Lunatic asylums Madras 1892-1911 - 1892-1911
Year: 1892
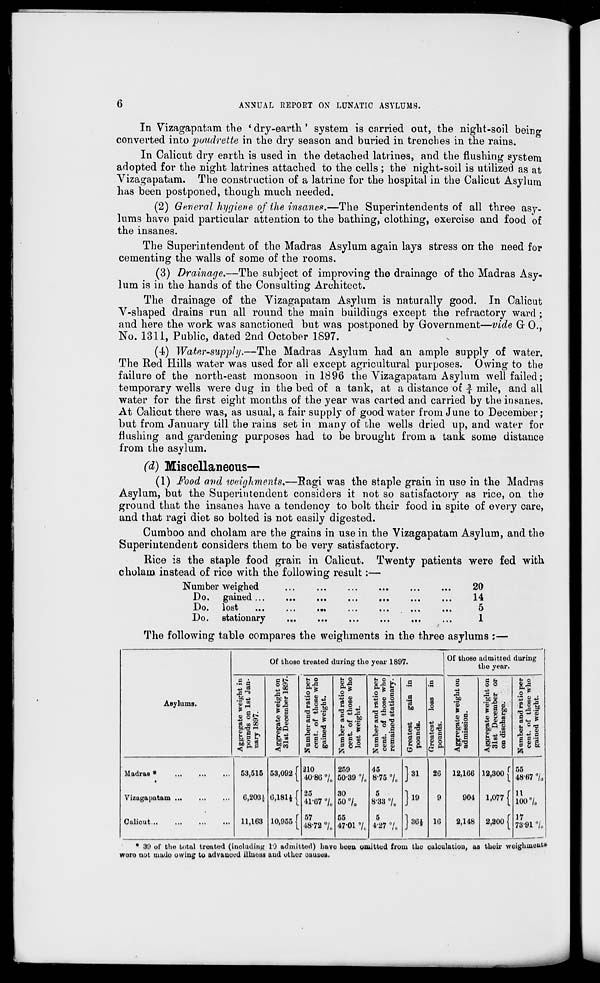
6
ANNUAL REPORT ON LUNATIC ASYLUMS.
In Vizagapatam the ' dry-earth' system is carried out, the night-soil beino*
converted into poudrette in the dry season and buried in trenches in the rains.
In Calicut dry earth is used in the detached latrines, and the flushing system
adopted for the night latrines attached to the cells ; the night-soil is utilized as at
Vizagapatam. The construction of a latrine for the hospital in the Calicut Asylum
has been postponed, though much needed.
(2) General hygiene of the insanes.—The Superintendents of all three asy-
lums have paid particular attention to the bathing, clothing, exercise and food of
the insanes.
The Superintendent of the Madras Asylum again lays stress on the need for
cementing the walls of some of the rooms.
(3) Drainage.—The subject of improving the drainage of the Madras Asy-
lum is in the hands of the Consulting Architect.
The drainage of the Vizagapatam Asylum is naturally good. In Calicut
V-shaped drains run all round the main buildings except the refractory ward ;
and here the work was sanctioned but was postponed by Government—vide G- 0.,
No. 1311, Public, dated 2nd October 1897.
(-1) Water-supply.—The Madras Asylum had an ample supply of water.
The Red Hills water was used for all except agricultural purposes. Owing to the
failure of the north-east monsoon in 1896 the Vizagapatam Asylum well failed;
temporary wells were dug in the bed of a tank, at a distance of -£ mile, and all
water for the first eight months of the year was carted and carried by the insanes.
At Calicut there was, as usual, a fair supply of good water from June to December ;
but from January till the rains set in many of the wells dried up, and water for
flushing and gardening purposes had to be brought from a tank some distance
from the asylum.
(d) Miscellaneous—
(1) Food and weighments.—Kagi was the staple grain in use in the Madras
Asylum, but the Superintendent considers it not so satisfactory as rice, on the
ground that the insanes have a tendency to bolt their food in spite of every care,
and that ragi diet so bolted is not easily digested.
Cumboo and cholam are the grains in use in the Vizagapatam Asylum, and the
Superintendent considers them to be very satisfactory.
Rice is the staple food grain in Calicut. Twenty patients were fed with
cholam instead of rice with the following: result:—
Number weighed
Do. gained ...
Do. lost
Do. stationary
20
14
5
1
The following table compares the weighments in the three asylums :—
Of those treated during the year 1897.
Of those admitted during
the year.
•S a
2 "-s
be £
tio per
>e who
t.
5 £
'.C a
tio per
e who
onary.
,g
a
a
OS
a
o
-a
a &
o o
tio per
e who
t.
Asylums.
te wei
on Is
97.
.^ 4)
F a
& 8
and ra
f thos
weigh
and ra
E thos
ight.
and ra
f thos
d stati
'S3
So
CD
O
i -
g a
■a -2
'Sttm •
o> a «
■ 1 to
and ra
f thoe
weigh
■ a as
<5 ftP
eS 9
bt 'co
Number
cent, o
gained
Number
cent, o
lost we
Number
cent, o
remaine
Greatest
pounds
Oreatesl
pounds
11 13 a
Number
cent, o
gained
Madras *
53,515 53,092
210
4080 •/,
259
50-39 °/ 0
45
8-75 0 / o ]»1 26 12,166 .12,300 [ 55
48-67 °/o
Vizagapatam
0,203 i 6,181* f
25
41-67 °/ 0
30
50 7o
5
8-33 °/ 0 }» 9 904 1,077 { 11
ioo 7,
Culiout...
11,163 10,955 f 57
48-72 %
55
47-01 •/„
5
4-27 7c J36* 16 2,148 2,300 f 17
73-91 7„
* 39 of the tntal treated (including 10 admitted) have boeu omitted from the calculation, as tliuir weighinout*
woro uot uiudo owing to advanced illness ami other causes.